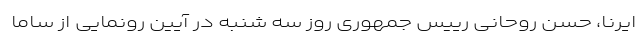
ایرنا، حسن روحانی رییس جمهوری روز سه شنبه در آیین رونمایی از ساما